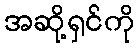
အဆို့ရှင်ကို